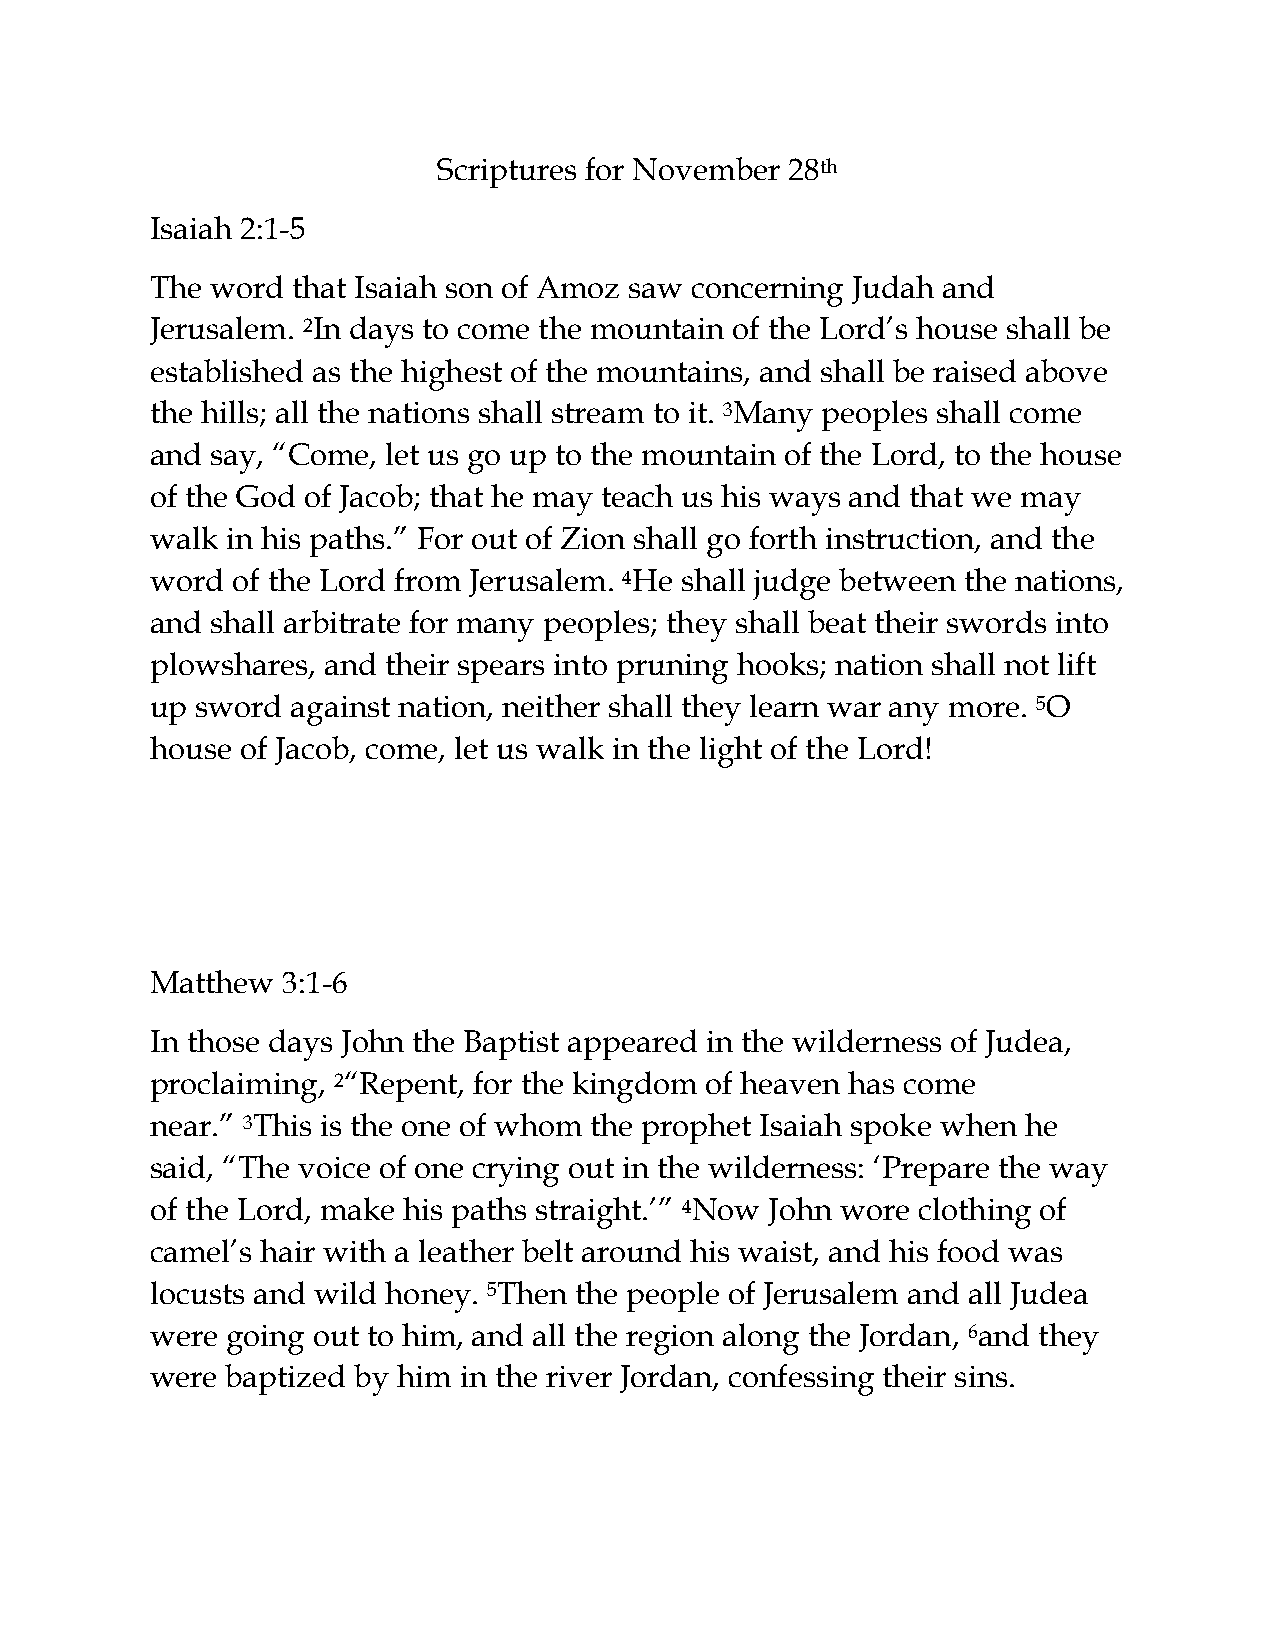
Scriptures for November 28th
 Isaiah 2:1-5
 The word that Isaiah son of Amoz saw concerning Judah and
 Jerusalem. 2In days to come the mountain of the Lord’s house shall be
 established as the highest of the mountains, and shall be raised above
 the hills; all the nations shall stream to it. 3Many peoples shall come
 and say, “Come, let us go up to the mountain of the Lord, to the house
 of the God of Jacob; that he may teach us his ways and that we may
 walk in his paths.” For out of Zion shall go forth instruction, and the
 word of the Lord from Jerusalem. 4He shall judge between the nations,
 and shall arbitrate for many peoples; they shall beat their swords into
 plowshares, and their spears into pruning hooks; nation shall not lift
 up sword against nation, neither shall they learn war any more. 5O
 house of Jacob, come, let us walk in the light of the Lord!
 Matthew  3:1-6
 In those days John the Baptist appeared in the wilderness of Judea,
 proclaiming, 2“Repent, for the kingdom of heaven has come
 near.” 3This is the one of whom the prophet Isaiah spoke when he
 said, “The voice of one crying out in the wilderness: ‘Prepare the way
 of the Lord, make his paths straight.’” 4Now John wore clothing of
 camel’s hair with a leather belt around his waist, and his food was
 locusts and wild honey. 5Then the people of Jerusalem and all Judea
 were going out to him, and all the region along the Jordan, 6and they
 were baptized by him in the river Jordan, confessing their sins.